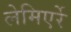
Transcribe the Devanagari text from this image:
लेमिएर्रे